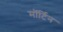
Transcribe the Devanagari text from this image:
मॉर्टिन